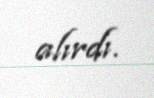
alırdı.